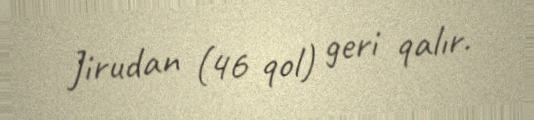
Jirudan (46 qol) geri qalır.